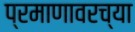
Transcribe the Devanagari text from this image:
प्रमाणावरच्या